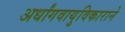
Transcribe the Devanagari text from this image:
अर्धांगवायुविकाराने